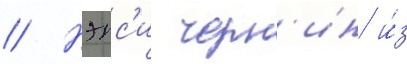
// Нэнс'и черн'ин и́з